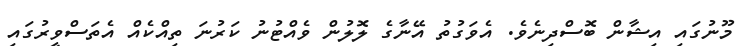
މޫނުގައި އިޝާން ބޮސްދިނެވެ. އެވަގުތު އޭނާގެ ލޮލުން ވެއްޓުނު ކަރުނަ ތިއްކެއް އެތަސްވީރުގައި